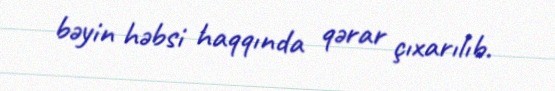
bəyin həbsi haqqında qərar çıxarılıb.